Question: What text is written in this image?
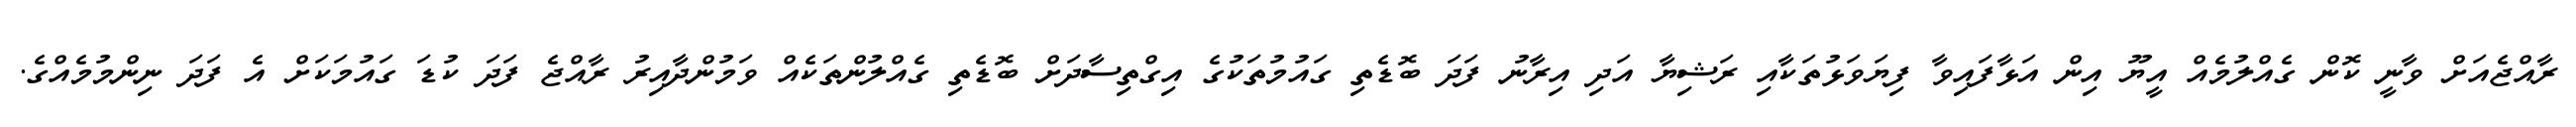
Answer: ރާއްޖެއަށް ވާނީ ކޮން ގެއްލުމެއް އީޔޫ އިން އަޅާފައިވާ ފިޔަވަޅުތަކާއި ރަޝިޔާ އަދި އިރާނު ފަދަ ބޮޑެތި ގައުމުތަކުގެ އިގްތިސާދަށް ބޮޑެތި ގެއްލުންތަކެއް ވަމުންދާއިރު ރާއްޖެ ފަދަ ކުޑަ ގައުމަކަށް އެ ފަދަ ނިންމުމެއްގެ.